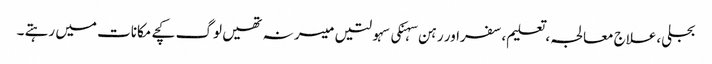
بجلی،علاج معالجہ ،تعلیم،سفراور رہن سہنکی سہولتیں میسر نہ تھیں لوگ کچے مکانات میں رہتے ۔